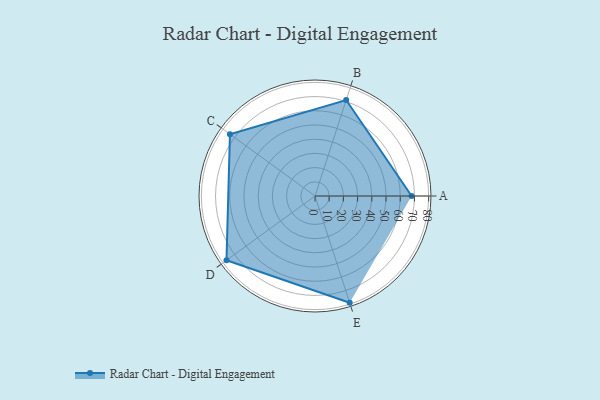
{"axis": {"x": "Skill", "y": "Score"}, "legend": ["Profile"], "data": [{"x": "A", "y": 68.0, "type": "Profile"}, {"x": "B", "y": 71.0, "type": "Profile"}, {"x": "C", "y": 74.0, "type": "Profile"}, {"x": "D", "y": 77.0, "type": "Profile"}, {"x": "E", "y": 79.0, "type": "Profile"}]}